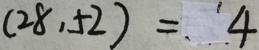
( 2 8 , 5 2 ) = 4